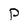
Character: p